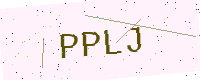
Text: PPLJ